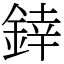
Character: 﨨